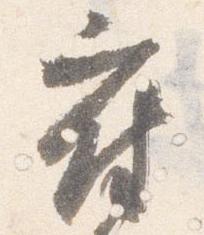
府